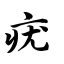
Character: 疣